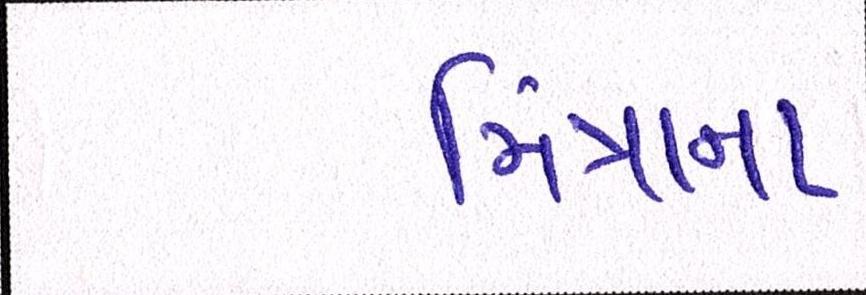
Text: મિંત્રાના